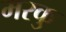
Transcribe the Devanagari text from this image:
मरकु